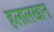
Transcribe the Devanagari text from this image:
हलालखान